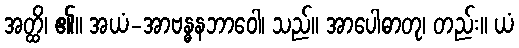
အတ္ထိ၊ ၏။ အယံ-အာဗန္ဓနဘာဝေါ၊ သည်။ အာပေါဓာတု၊ တည်း။ ယံ